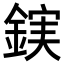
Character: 𮢖